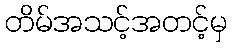
တိမ်အသင့်အတင့်မှ